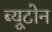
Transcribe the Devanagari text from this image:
ब्यूटोन